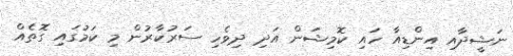
ނަޝީދާއި އިންޑިއާ ހައި ކޮމިޝަން އަދި ދިވެހި ސަރުކާރުން މި ކަމުގައި ގޮތެއް